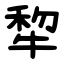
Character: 犂